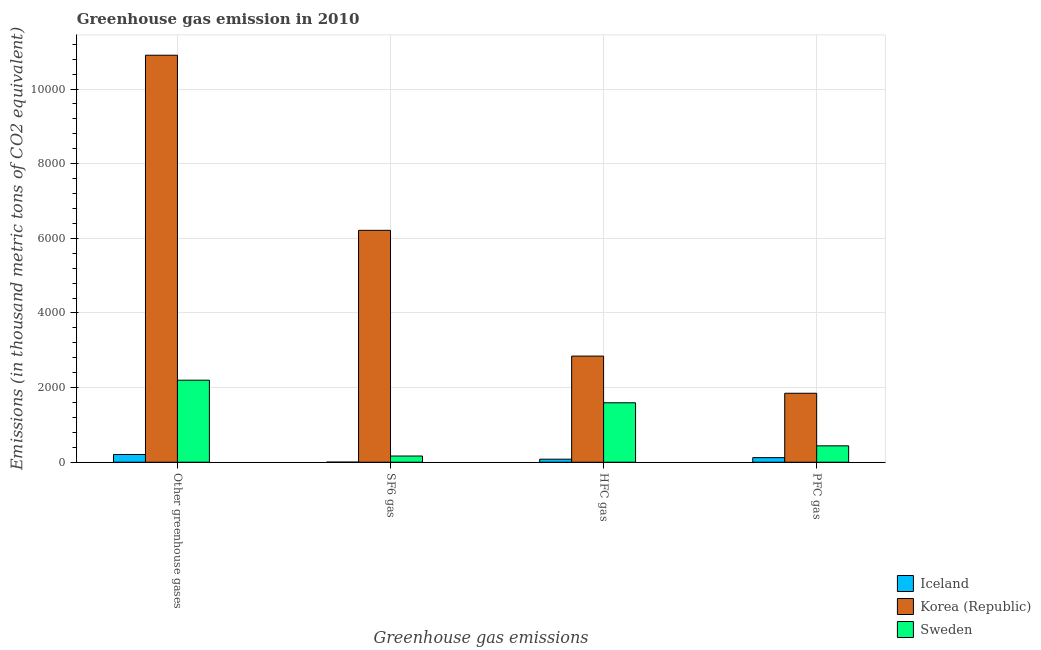
| Greenhouse gas emissions | Iceland | Korea (Republic) | Sweden |
 | --- | --- | --- | --- |
 | Other greenhouse gases | 207 | 1.09e+04 | 2.2e+03 |
 | SF6 gas | 3 | 6.21e+03 | 166 |
 | HFC gas | 81 | 2.84e+03 | 1.59e+03 |
 | PFC gas | 123 | 1.85e+03 | 439 |